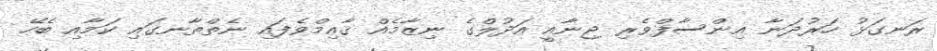
ރަނގަޅު ހަރުދަނާ އިންސާފްވެރި ޖިނާއީ އަދުލްގެ ނިޒާމެއް ޤާއިމްވެފައި ނެތްތާނގައި ކަމާއި ބެހޭ